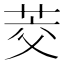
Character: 茭